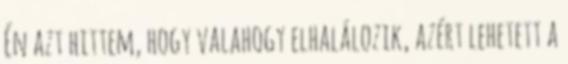
Én azt hittem, hogy valahogy elhalálozik, azért lehetett a